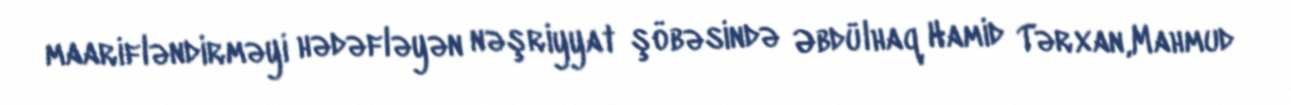
maarifləndirməyi hədəfləyən nəşriyyat şöbəsində Əbdülhaq Hamid Tərxan,Mahmud